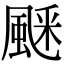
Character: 𩗞